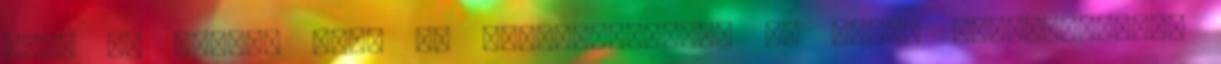
akik ki vannak téve az alultápláltság és egyéb szegénységgel